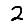
Digit: 2